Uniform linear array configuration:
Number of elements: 4
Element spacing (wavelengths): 1
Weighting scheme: binomial
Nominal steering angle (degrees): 0
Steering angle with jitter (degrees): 0.8778
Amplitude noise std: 0.05
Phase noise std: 0.05

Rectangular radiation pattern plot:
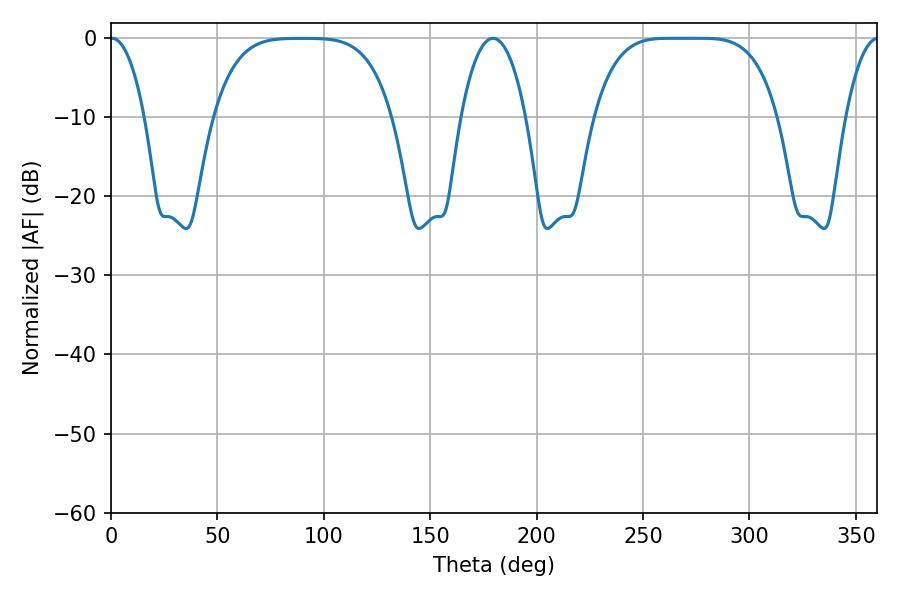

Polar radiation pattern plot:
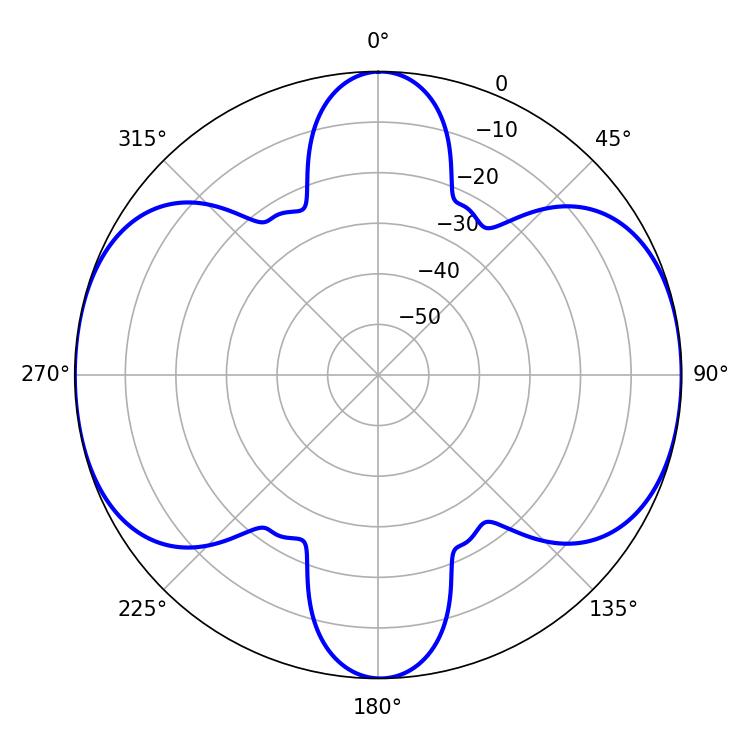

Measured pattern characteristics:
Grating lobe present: TRUE
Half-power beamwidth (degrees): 65.16
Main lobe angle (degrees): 262.62